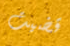
قضيت